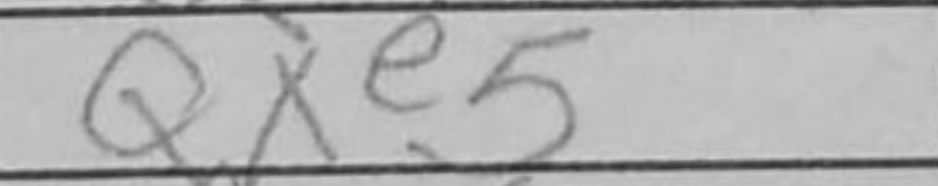
Transcription: Qxe5